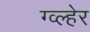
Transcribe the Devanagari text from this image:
ग्व्ल्हेर